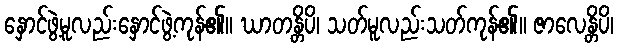
နှောင်ဖွဲ့မူလည်းနှောင်ဖွဲ့ကုန်၏။ ဃာတန္တိပိ၊ သတ်မူလည်းသတ်ကုန်၏။ ဇာလေန္တိပိ၊